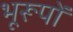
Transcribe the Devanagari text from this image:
भूरूपों